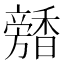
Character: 𩡕